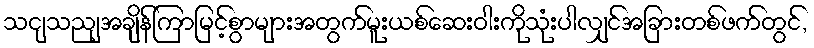
သငျသညျအချိန်ကြာမြင့်စွာများအတွက်မူးယစ်ဆေးဝါးကိုသုံးပါလျှင်အခြားတစ်ဖက်တွင်,